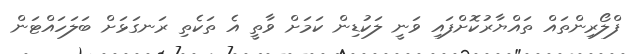
ފްލޯރިންތައް ތައްޔާރުކޮށްފައި ވަނީ ލަކުޑިން ކަމަށްް ވާތީ އެ ތަކެތި ރަނގަޅަށް ބަލަހައްޓަން